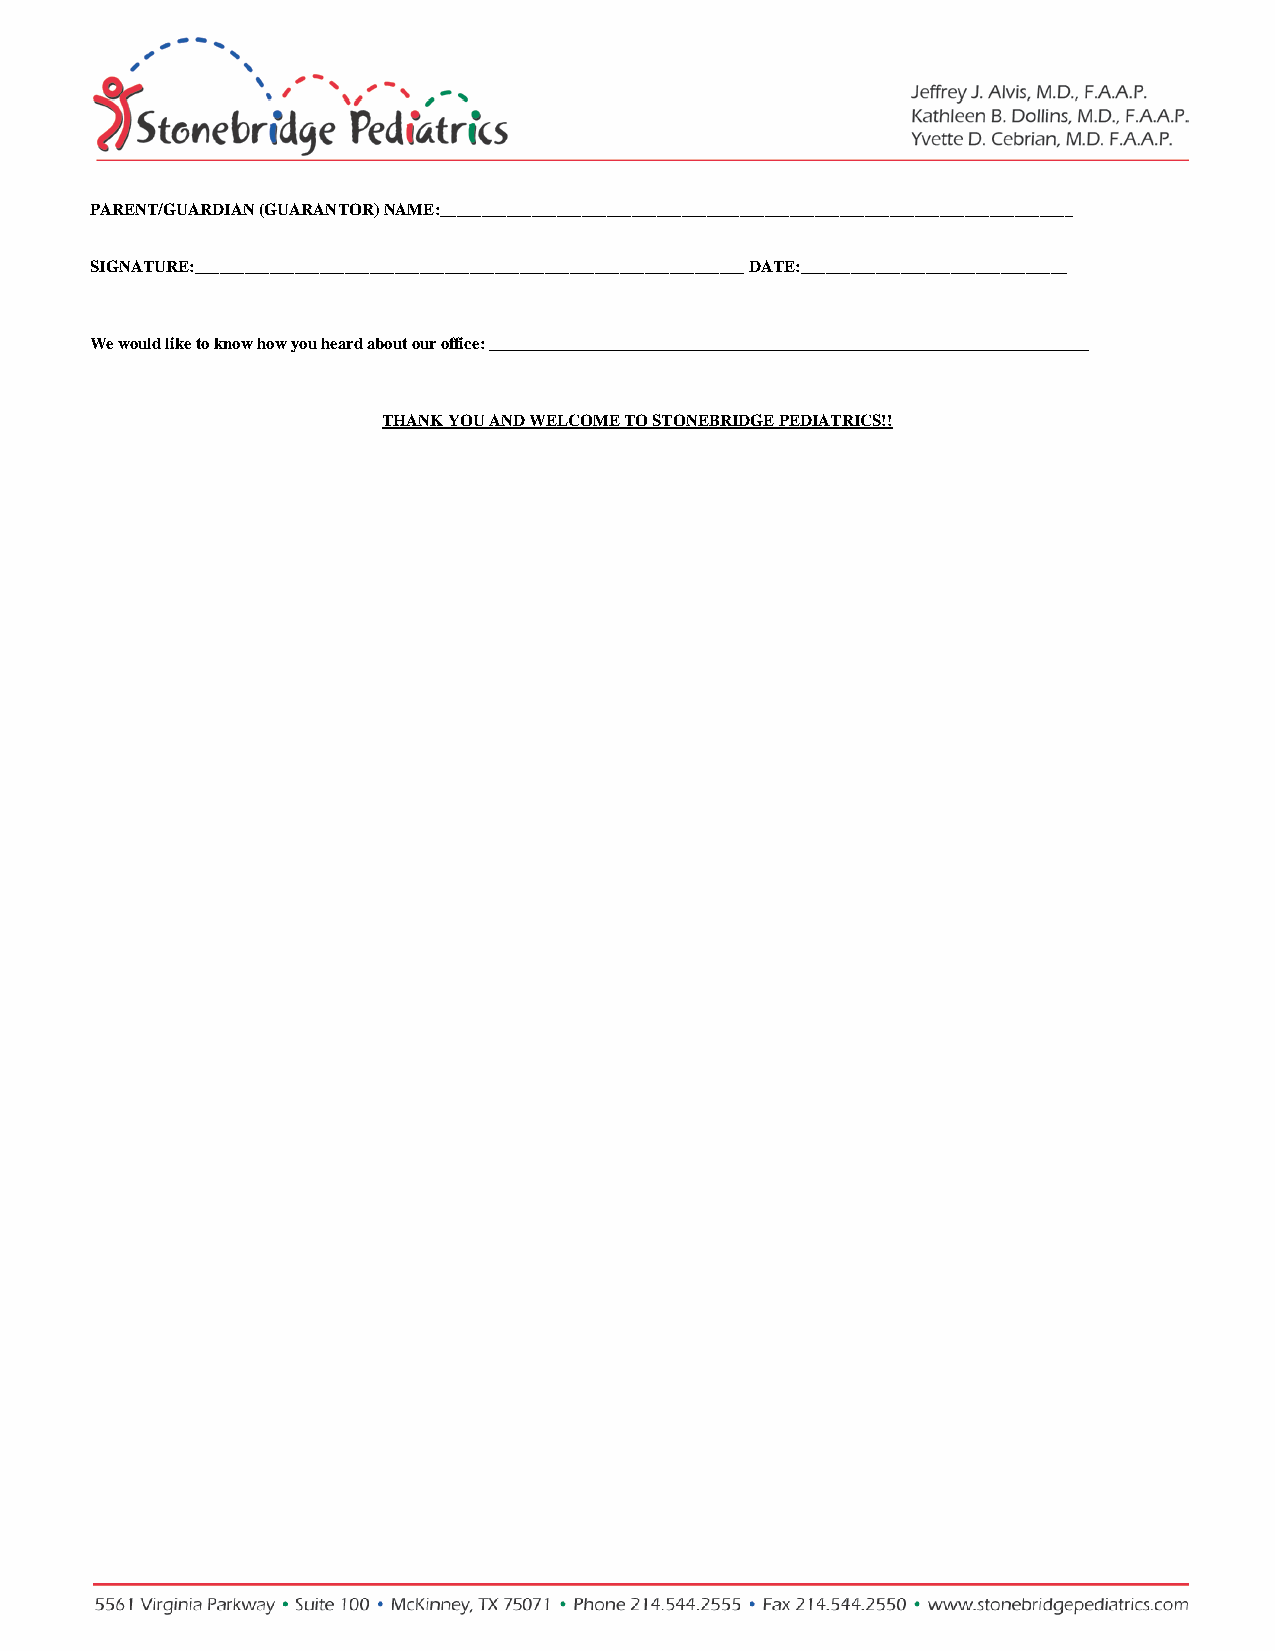
PARENT/GUARDIAN (GUARANTOR) NAME:____________________________________________________________________________
 SIGNATURE:__________________________________________________________________ DATE:________________________________
 We would like to know how you heard about our office: ________________________________________________________________________
 THANK YOU AND WELCOME TO STONEBRIDGE PEDIATRICS!!